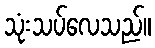
သုံးသပ်လေသည်။